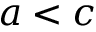
a < c